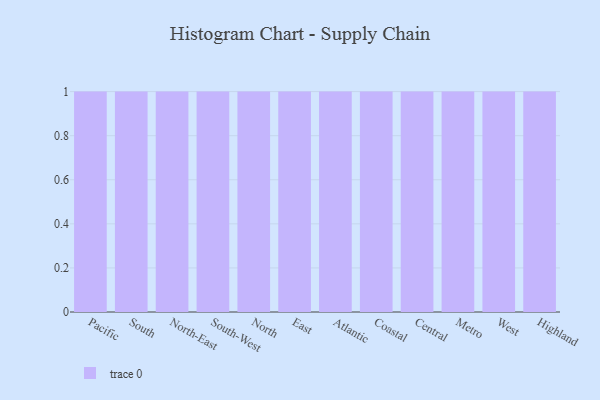
{"axis": {"x": "Region", "y": "Conversion Rate (%)"}, "legend": [""], "data": [{"x": "Pacific", "y": 75, "type": ""}, {"x": "South", "y": 29, "type": ""}, {"x": "North-East", "y": 70, "type": ""}, {"x": "South-West", "y": 92, "type": ""}, {"x": "North", "y": 95, "type": ""}, {"x": "East", "y": 41, "type": ""}, {"x": "Atlantic", "y": 84, "type": ""}, {"x": "Coastal", "y": 78, "type": ""}, {"x": "Central", "y": 73, "type": ""}, {"x": "Metro", "y": 67, "type": ""}, {"x": "West", "y": 24, "type": ""}, {"x": "Highland", "y": 74, "type": ""}]}